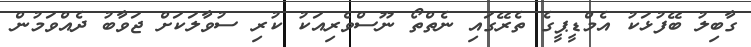
ގާބިލު ބޭފުޅަކު އެމްޑީޕީގެ ތެރޭގައި ނެތްތޯ ނޫސްވެރިއަކު ކުރި ސުވާލަކަށް ޖަވާބު ދެއްވަމުން